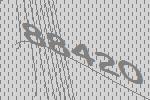
88420